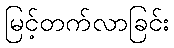
မြင့်တက်လာခြင်း